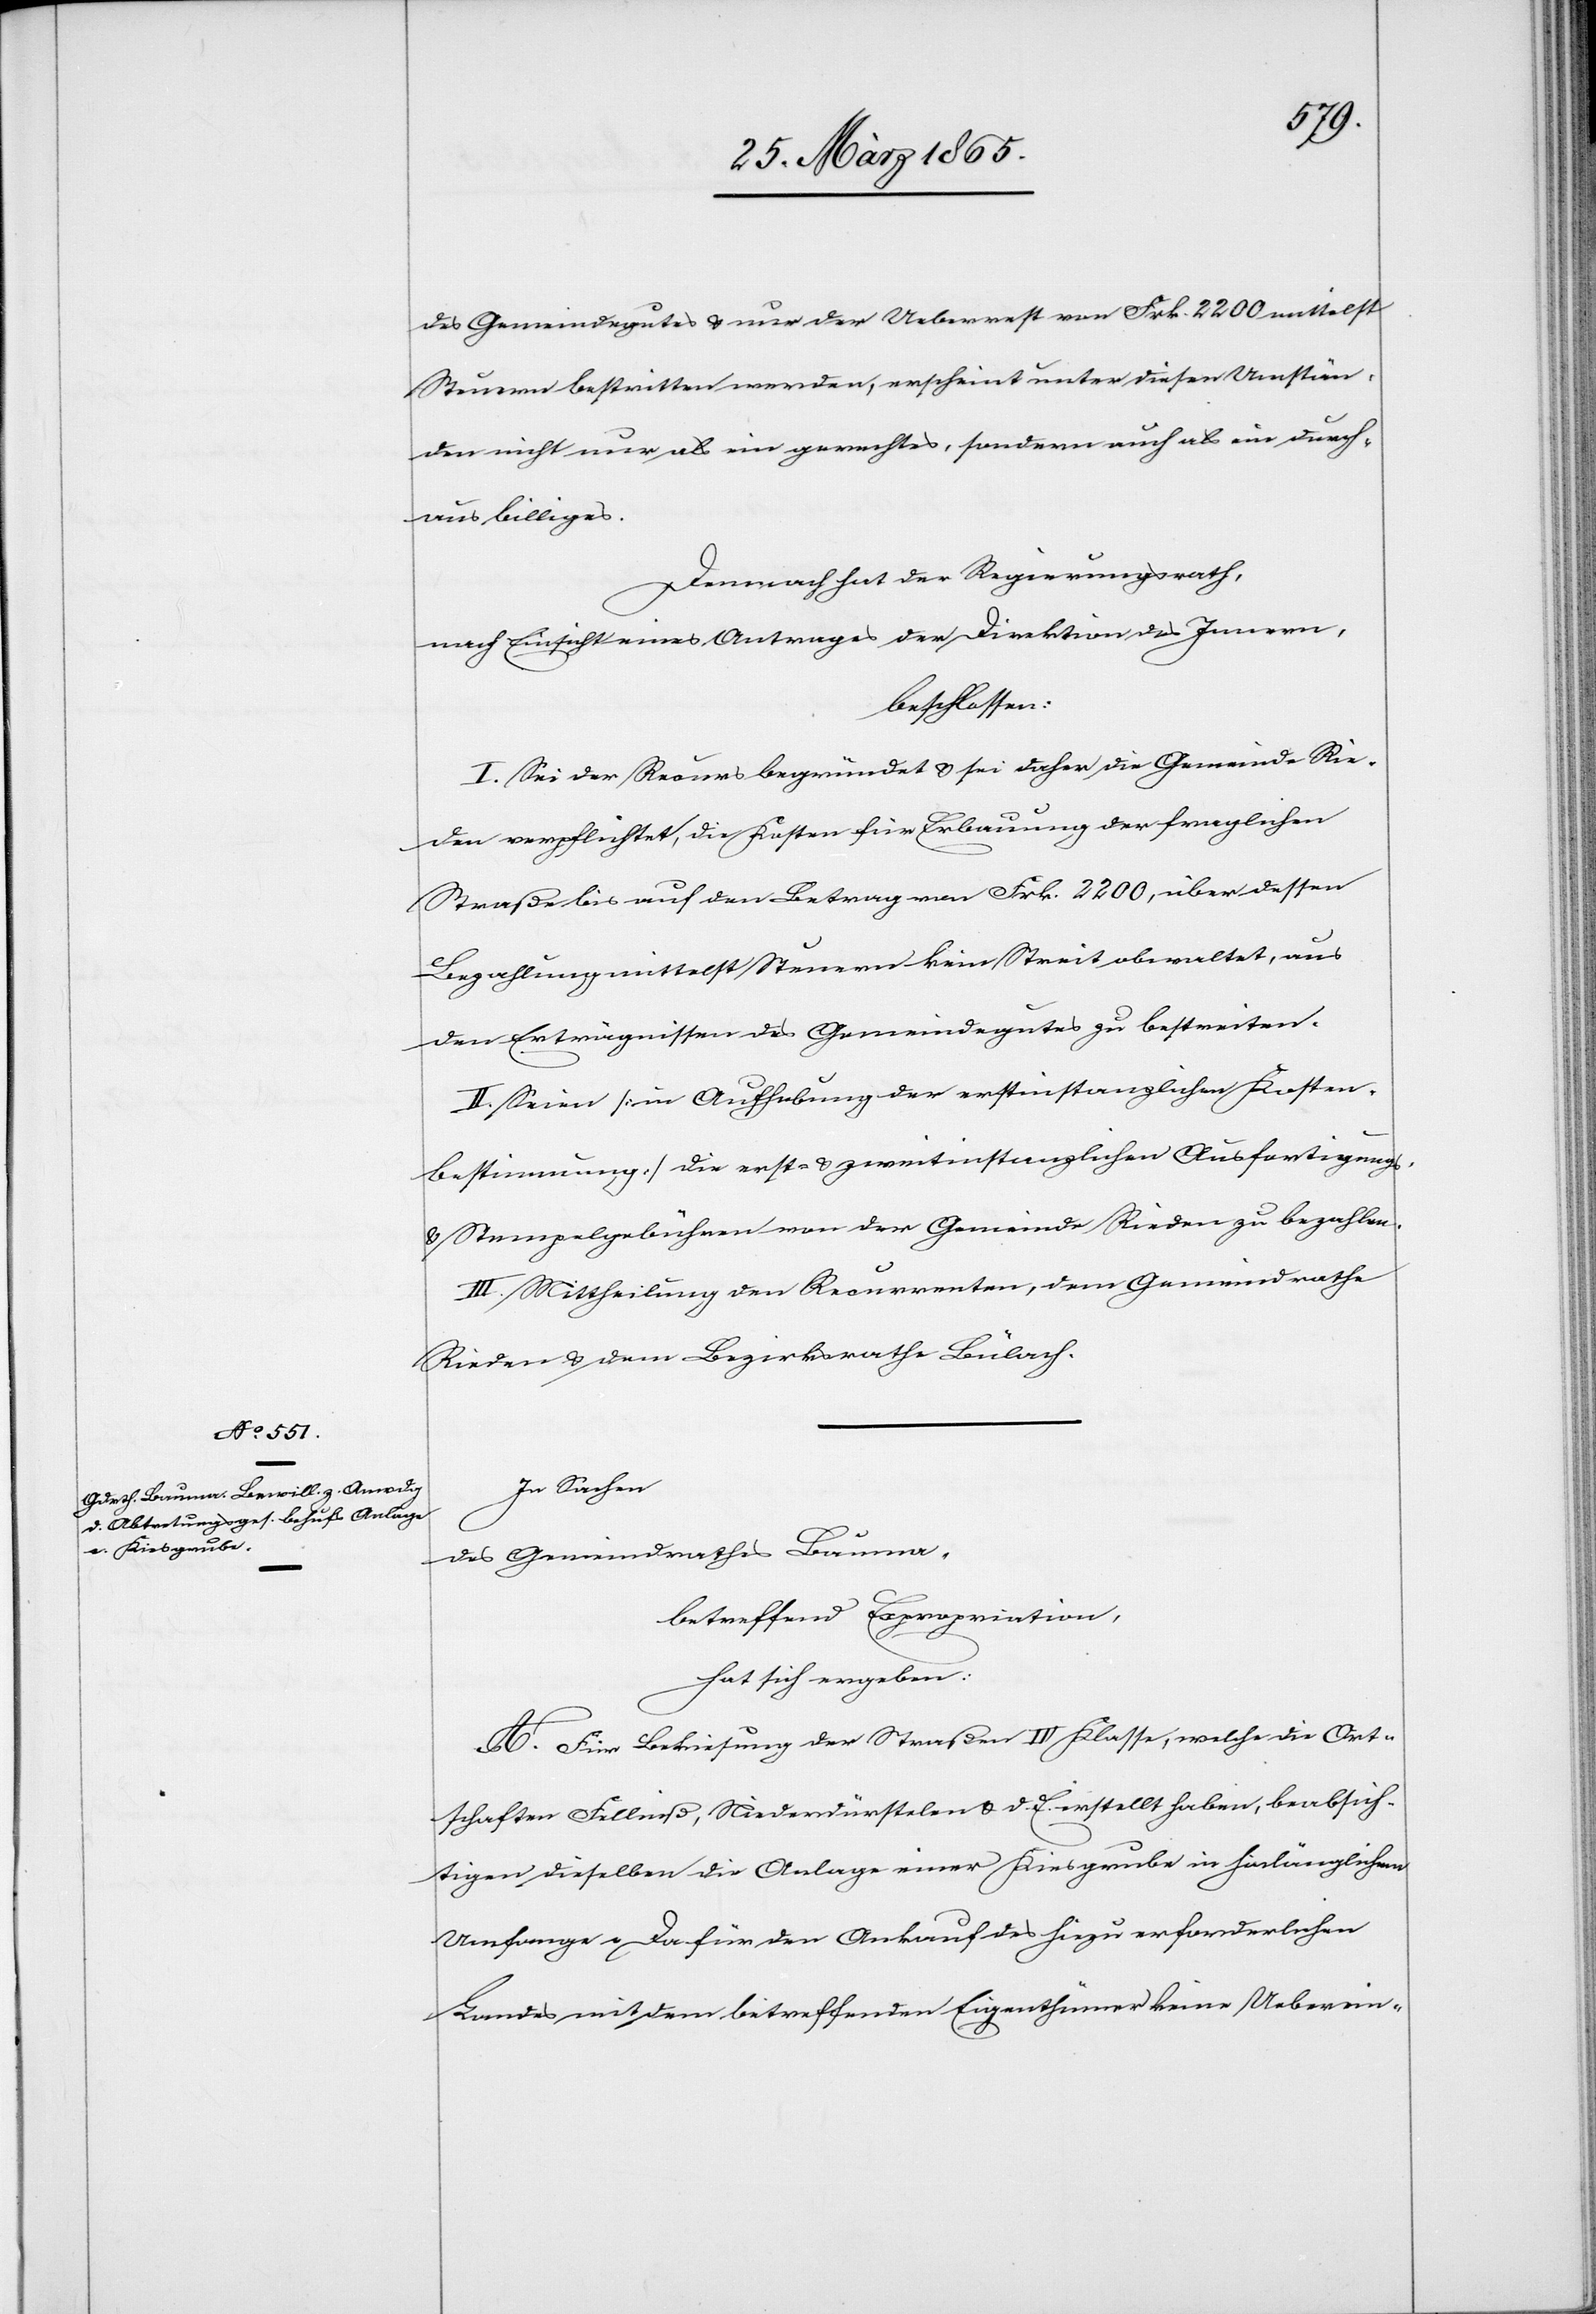
des Gemeindegutes & nur der Ueberrest von Frk. 2200 mittelst
Steuern bestritten werden, erscheint unter diesen Umstän¬
den, nicht nur als ein gerechtes, sondern auch als ein durch¬
aus billiges.
Demnach hat der Regierungsrath,
nach Einsicht eines Antrages der Direktion des Innern,
beschlossen:
I. Sei der Recurs begründet & sei daher die Gemeinde Rie¬
den verpflichtet, die Kosten für Erbauung der fraglichen
Straße bis auf den Betrag von Frk. 2200, über dessen
Bezahlung mittelst Steuern kein Streit obwaltet, aus
den Erträgnissen des Gemeindegutes zu bestreiten.
II. Seien [in Aufhebung der erstinstanzlichen Kosten¬
bestimmung] die erst- & zweitinstanzlichen Ausfertigungs-
& Stempelgebühren von der Gemeinde Rieden zu bezahlen.
III. Mittheilung den Recurrenten, dem Gemeindrathe
Rieden & dem Bezirksrathe Bülach.
In Sachen
des Gemeindrathes Bauma,
betreffend Expropriation,
hat sich ergeben:
A. Für Bekiesung der Straßen IV Klasse, welche die Ort¬
schaften Fellniß, Niederdürstelen & d. E. erstellt haben, beabsich¬
tigen dieselben die Anlage einer Kiesgrube in hinlänglichem
Umfange. Da für den Ankauf des hiezu erforderlichen
Landes mit dem betreffenden Eigenthümer keine Ueberein-